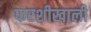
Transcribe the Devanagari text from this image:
फरशीखाली